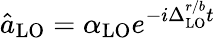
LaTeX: \hat{a}_{\mathrm{LO}}=\alpha_{\mathrm{LO}}e^{-i\Delta_{\mathrm{LO}}^{r/b}t}